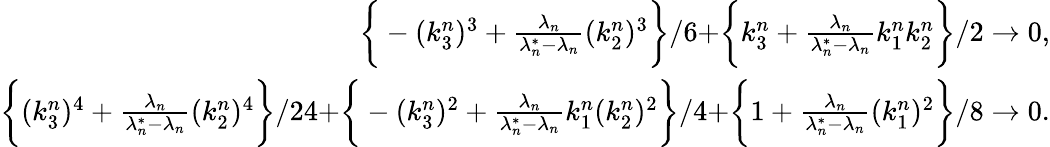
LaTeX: \begin{array}{r}{\biggr\{ -(k_{3}^{n})^{3}+\frac{\lambda_{n}}{\lambda_{n}^{*}-\lambda_{n}}(k_{2}^{n})^{3}\biggr\} /6+\biggr\{ k_{3}^{n}+\frac{\lambda_{n}}{\lambda_{n}^{*}-\lambda_{n}}k_{1}^{n}k_{2}^{n}\biggr\} /2\to 0,}\\ {\biggr\{ (k_{3}^{n})^{4}+\frac{\lambda_{n}}{\lambda_{n}^{*}-\lambda_{n}}(k_{2}^{n})^{4}\biggr\} /24+\biggr\{ -(k_{3}^{n})^{2}+\frac{\lambda_{n}}{\lambda_{n}^{*}-\lambda_{n}}k_{1}^{n}(k_{2}^{n})^{2}\biggr\} /4+\biggr\{ 1+\frac{\lambda_{n}}{\lambda_{n}^{*}-\lambda_{n}}(k_{1}^{n})^{2}\biggr\} /8\to 0.}\end{array}